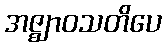
အဇ္ဈာဝသတိပေ